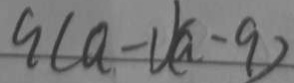
q ( a - 1 ) ( a - 9 )